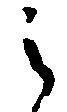
之